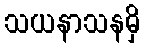
သယနာသနမှိ